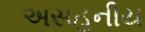
અસહનીય